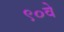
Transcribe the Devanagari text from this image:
९०वे